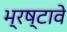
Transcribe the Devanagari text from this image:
भ्रष्टावे